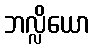
ဘလ္လိယော